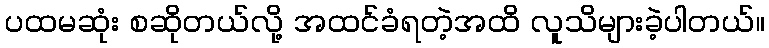
ပထမဆုံး စဆိုတယ်လို့ အထင်ခံရတဲ့အထိ လူသိများခဲ့ပါတယ်။